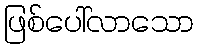
ဖြစ်ပေါ်လာသော